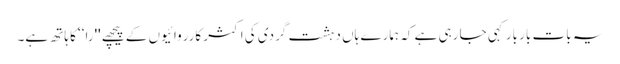
یہ بات بار بار کہی جا رہی ہے کہ ہمارے ہاں دہشت گردی کی اکثر کارروائیوں کے پیچھے ''را‘‘ کا ہاتھ ہے۔